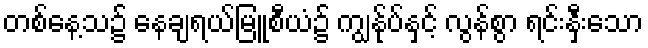
တစ်နေ့သ၌ နေချရယ်မြူစီယံ၌ ကျွန်ုပ်နှင့် လွန်စွာ ရင်းနှီးသော